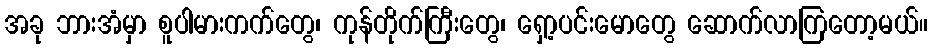
အခု ဘားအံမှာ စူပါမားကက်တွေ၊ ကုန်တိုက်ကြီးတွေ၊ ရှော့ပင်းမောတွေ ဆောက်လာကြတော့မယ်။